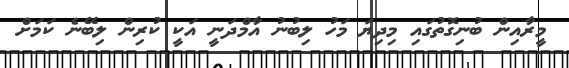
މީރާއިން ބުނިގޮތުގައި މިދިޔަ މަހު ލިބުނު އާމްދަނީ އަކީ ކުރިން ލިބޭނެ ކަމަށް